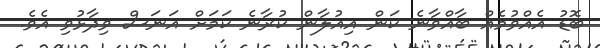
ބޮޑު އެއްވުމެއް ބާއްވާނެ ކަން އިއުލާން ކުރާނެ ކަމަށް އަނަސް ވިދާޅުވި އެވެ.